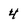
Character: 4